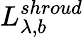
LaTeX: L_{\lambda,b}^{shroud}